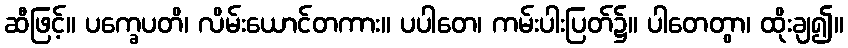
ဆီဖြင့်။ ပက္ခေပတိ၊ လိမ်းယောင်တကား။ ပပါတေ၊ ကမ်းပါးပြတ်၌။ ပါတေတွာ၊ ထိုးချ၍။